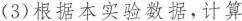
(3)根据本实验数据，计算